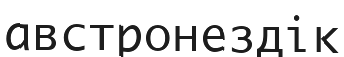
австронездік